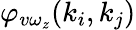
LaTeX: \varphi_{v\omega_{z}}(k_{i},k_{j})